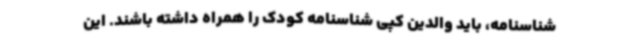
شناسنامه، باید والدین کپی شناسنامه کودک را همراه داشته باشند. این